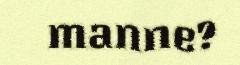
manne?